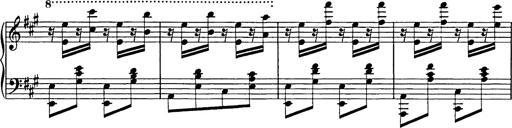
Title: Galop in A minor
Composer: Franz Liszt
Key: A minor